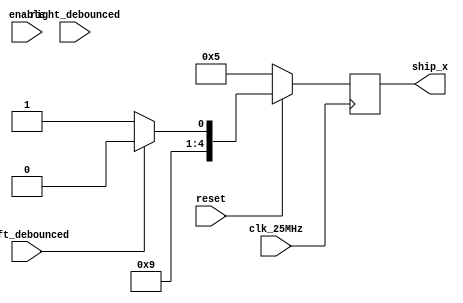
// Copyright (c) 2017-2018 Roland Coeurjoly
// This program is GPL Licensed. See LICENSE for the full license.

module ship(
	    input wire       clk_25MHz,
	    input wire       reset, //synchronous reset
	    input wire       left_debounced,
	    input wire       right_debounced,
	    input wire       enable,
	    output reg [4:0] ship_x
	          );

   reg [4:0]           next_x;
   reg [4:0]           i;

   localparam left_limit = 0;
   localparam reset_position = 5;
   localparam right_limit = 19;

   initial begin
      ship_x <= reset_position;
   end

   always @(posedge clk_25MHz) begin
      ship_x <= next_x;
   end

   always @(reset or left_debounced or right_debounced or enable or ship_x) begin
      if (reset == 0) begin
	       next_x <= reset_position;
	    end
      else begin
         for(i = left_limit; i <= right_limit; i = i + 1) begin
            if (left_debounced == 1) begin
               if (i == left_limit) begin
	                //Left limit
	                next_x = left_limit;
               end
               else begin
	                next_x = i - 1;
               end
            end
            else if (right_debounced == 1) begin
               if (i == right_limit) begin
                  //Right limit
	                next_x = right_limit;
               end
               else begin
	                next_x = i + 1;
               end
            end
            else begin
	             next_x = i;
            end // else: !if(right_debounced == 1)
         end // for (i = left_limit; i <= right_limit; i = i + 1)
      end // else: !if(reset == 0)
   end // always @ (reset or left_debounced or right_debounced or enable or current_state)

`ifdef FORMAL
always @(posedge clk_25MHz) begin
   assert (ship_x >= left_limit);
   assert (ship_x <= right_limit);
   assert (next_x >= left_limit);
   assert (next_x <= right_limit);
end
`endif
endmodule